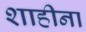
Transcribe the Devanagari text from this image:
शाहीना